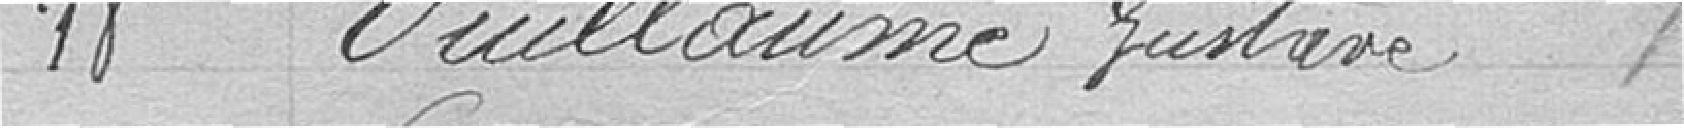
18. VUILLAUME, Gustave